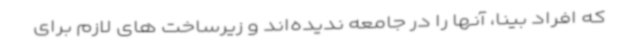
که افراد بینا، آنها را در جامعه ندیده‌اند و زیرساخت های لازم برای